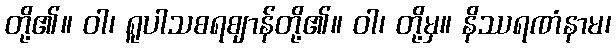
တို့၏။ ဝါ၊ ရူပါသစရဈာန်တို့၏။ ဝါ၊ တို့မှ။ နိဿရဏံနာမ၊